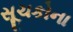
સૂચકોના